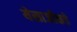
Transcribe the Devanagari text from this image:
येसाजीकडे